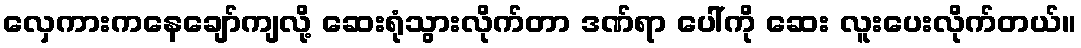
လှေကားကနေချော်ကျလို့ ဆေးရုံသွားလိုက်တာ ဒဏ်ရာ ပေါ်ကို ဆေး လူးပေးလိုက်တယ်။